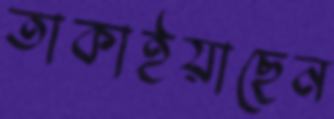
তাকাইয়াছেন